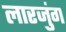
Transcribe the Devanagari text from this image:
लारजुंग